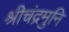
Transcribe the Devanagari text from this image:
श्रीचंद्रमुनि